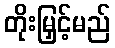
တိုးမြှင့်မည်